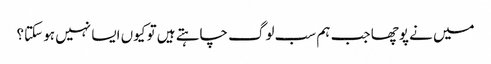
میں نے پوچھا جب ہم سب لوگ چاہتے ہیں تو کیوں ایسا نہیں ہو سکتا؟